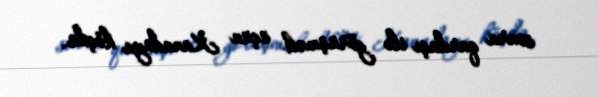
sonra qardaşı ilə görüşmək üçün Kanadaya köçdü.